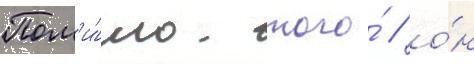
Пом'и́мо того́ / о́н